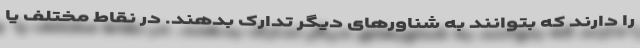
را دارند که بتوانند به شناورهای دیگر تدارک بدهند. در نقاط مختلف یا